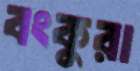
বংকুরা